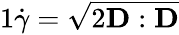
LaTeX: \begin{array}{r}{{1}\dot{\gamma}=\sqrt{2\mathbf{D}:\mathbf{D}}}\end{array}